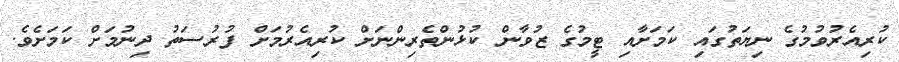
ކުރިއެރުވުމުގެ ނިޔަތުގައި ކަމަށާއި ޓީމުގެ ޒުވާން ކުޅުންތެރިންނަށް ކުރިއެރުމަށް ފުރުސަތު ދިނުމަށް ކަމަށެވެ.